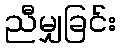
ညီမျှခြင်း